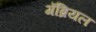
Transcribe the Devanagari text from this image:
गॅब्रियल